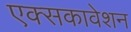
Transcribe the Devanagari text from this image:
एक्सकावेशन